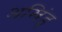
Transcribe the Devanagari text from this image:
अखिंड्